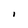
Character: l